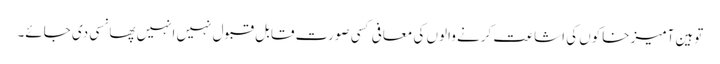
توہین آمیز خاکوں کی اشاعت کرنے والوں کی معافی کسی صورت قابل قبول نہیں انہیں پھانسی دی جائے۔